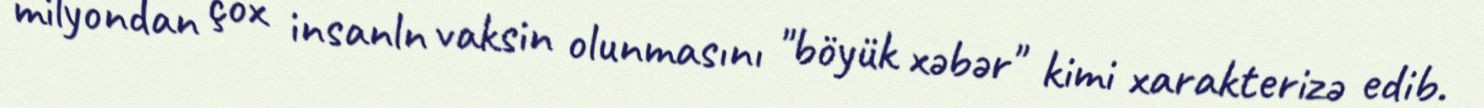
milyondan çox insanln vaksin olunmasını "böyük xəbər" kimi xarakterizə edib.